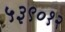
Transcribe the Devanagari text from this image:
५३९०१२